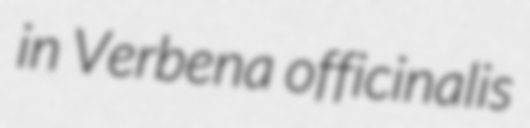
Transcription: in Verbena officinalis